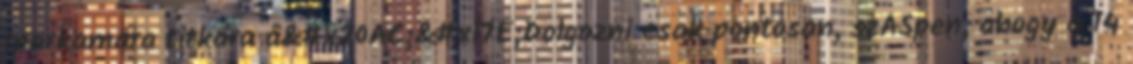
Iparkamara titkára â&#x20AC;&#x17E;Dolgozni csak pontosan, szĂŠpen, ahogy a 14